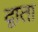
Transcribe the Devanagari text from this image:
द्वाता